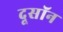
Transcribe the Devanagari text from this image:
दूसॉन